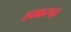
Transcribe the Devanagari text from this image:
ठक्करचा